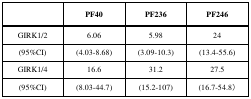
|  | PF40 | PF236 | PF246 |
 | --- | --- | --- | --- |
 | GIRK1/2 | 6.06 | 5.98 | 24 |
 | (95%CI) | (4.03-8.68) | (3.09-10.3) | (13.4-55.6) |
 | GIRK1/4 | 16.6 | 31.2 | 27.5 |
 | (95%CI) | (8.03-44.7) | (15.2-107) | (16.7-54.8) |